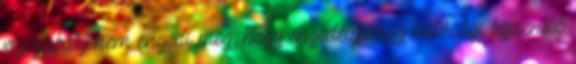
jogszabály nem engedi meg, hogy engedély vagy hatósági bejelentés